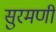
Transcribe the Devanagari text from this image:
सुरमणी